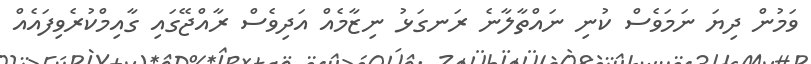
ވަމުން ދިޔަ ނަމަވެސް ކުނި ނައްތާލާނެ ރަނގަޅު ނިޒާމެއް އަދިވެސް ރާއްޖޭގައި ގާއިމްކުރެވިފައެއް